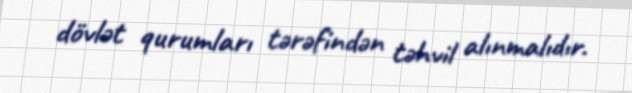
dövlət qurumları tərəfindən təhvil alınmalıdır.